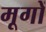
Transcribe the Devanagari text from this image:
मूगों